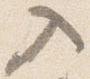
入